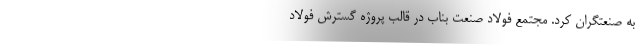
به صنعتگران کرد. مجتمع فولاد صنعت بناب در قالب پروژه گسترش فولاد